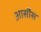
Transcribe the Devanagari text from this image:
आर्सीस